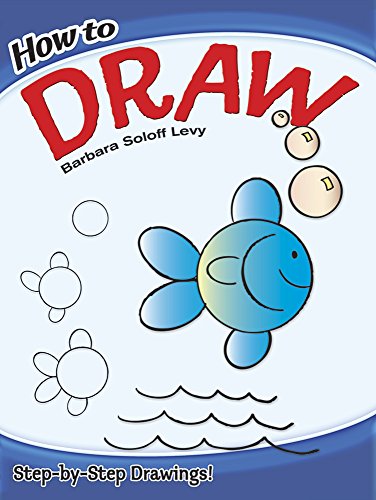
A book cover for How to Draw (Dover How to Draw); Barbara Soloff Levy; Children's Books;